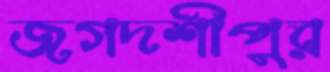
জগদশীপুর